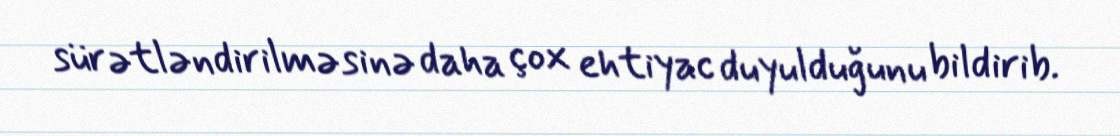
sürətləndirilməsinə daha çox ehtiyac duyulduğunu bildirib.